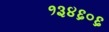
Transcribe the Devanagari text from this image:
१३४६०६